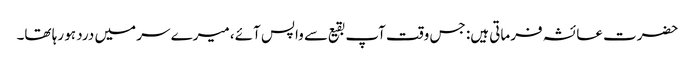
حضرت عائشہ فرماتی ہیں: جس وقت آپ بقیع سے واپس آئے، میرے سر میں درد ہو رہا تھا۔